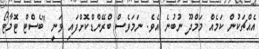
އެއްޗަކުން ކަމެއް މަމްދޫ ނުބުނެ އެވެ. ނަމަވެސް ބްރޭންޑްކޮށްފައި ވަނީ "ބެސްޓް ޓޮމާޓޯ